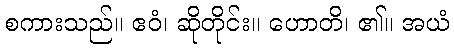
စကားသည်။ ဧဝံ၊ ဆိုတိုင်း။ ဟောတိ၊ ၏။ အယံ